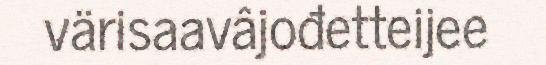
värisaavâjođetteijee